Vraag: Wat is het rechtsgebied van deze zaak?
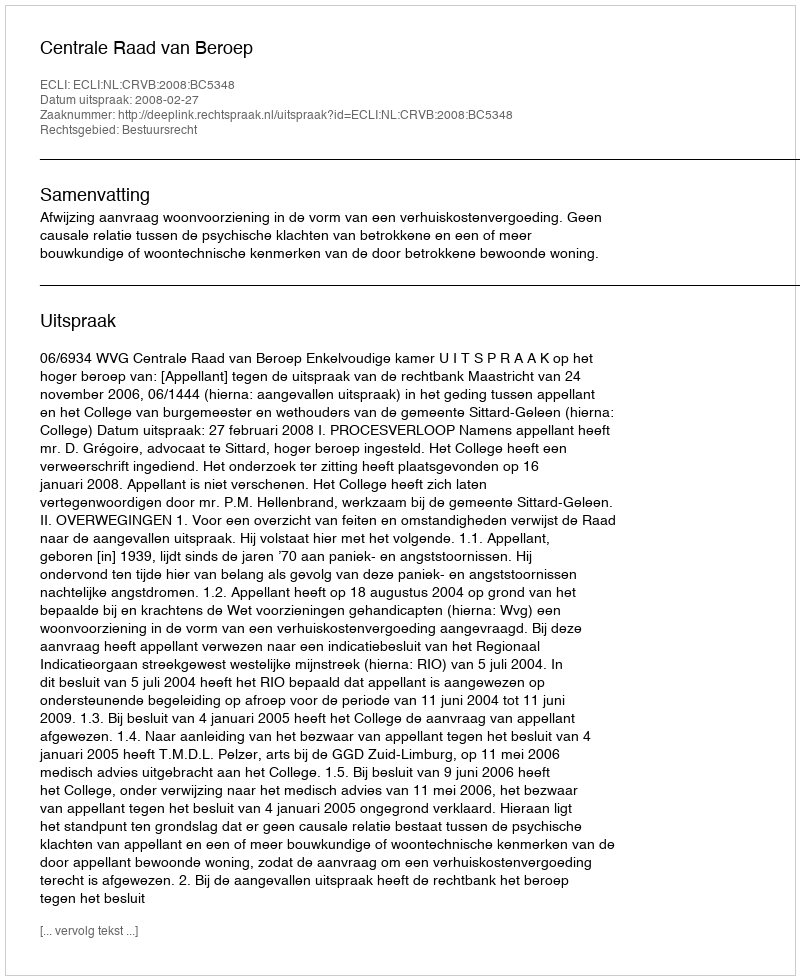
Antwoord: Bestuursrecht